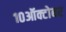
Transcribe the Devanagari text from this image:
१०ऑक्टोबर